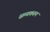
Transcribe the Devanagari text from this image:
सम्यकरूप